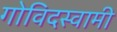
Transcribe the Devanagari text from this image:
गोविदस्वामी